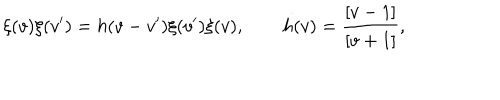
LaTeX: \xi ( v ) \xi ( v ^ { \prime } ) = h ( v - v ^ { \prime } ) \xi ( v ^ { \prime } ) \xi ( v ) , \qquad h ( v ) = \frac { [ v - 1 ] } { [ v + 1 ] } ,